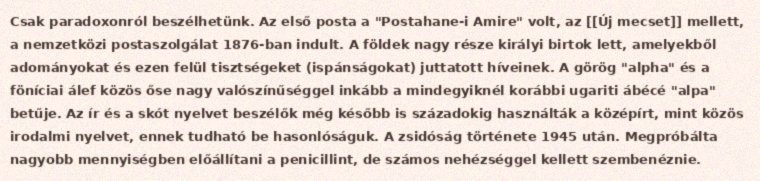
Csak paradoxonról beszélhetünk. Az első posta a "Postahane-i Amire" volt, az [[Új mecset]] mellett, a nemzetközi postaszolgálat 1876-ban indult. A földek nagy része királyi birtok lett, amelyekből adományokat és ezen felül tisztségeket (ispánságokat) juttatott híveinek. A görög "alpha" és a föníciai álef közös őse nagy valószínűséggel inkább a mindegyiknél korábbi ugariti ábécé "alpa" betűje. Az ír és a skót nyelvet beszélők még később is századokig használták a középírt, mint közös irodalmi nyelvet, ennek tudható be hasonlóságuk. A zsidóság története 1945 után. Megpróbálta nagyobb mennyiségben előállítani a penicillint, de számos nehézséggel kellett szembenéznie.